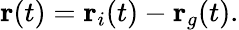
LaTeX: \mathbf{r}(t)=\mathbf{r}_{i}(t)-\mathbf{r}_{g}(t).